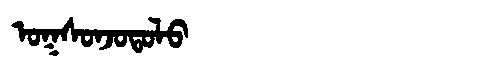
Manchu: ᠣᡴᠰᠣᠨᠵᠣᡨᠣᠯᠣ
Romanization: OKSONJOTOLO